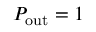
P _ { \mathrm { o u t } } = 1